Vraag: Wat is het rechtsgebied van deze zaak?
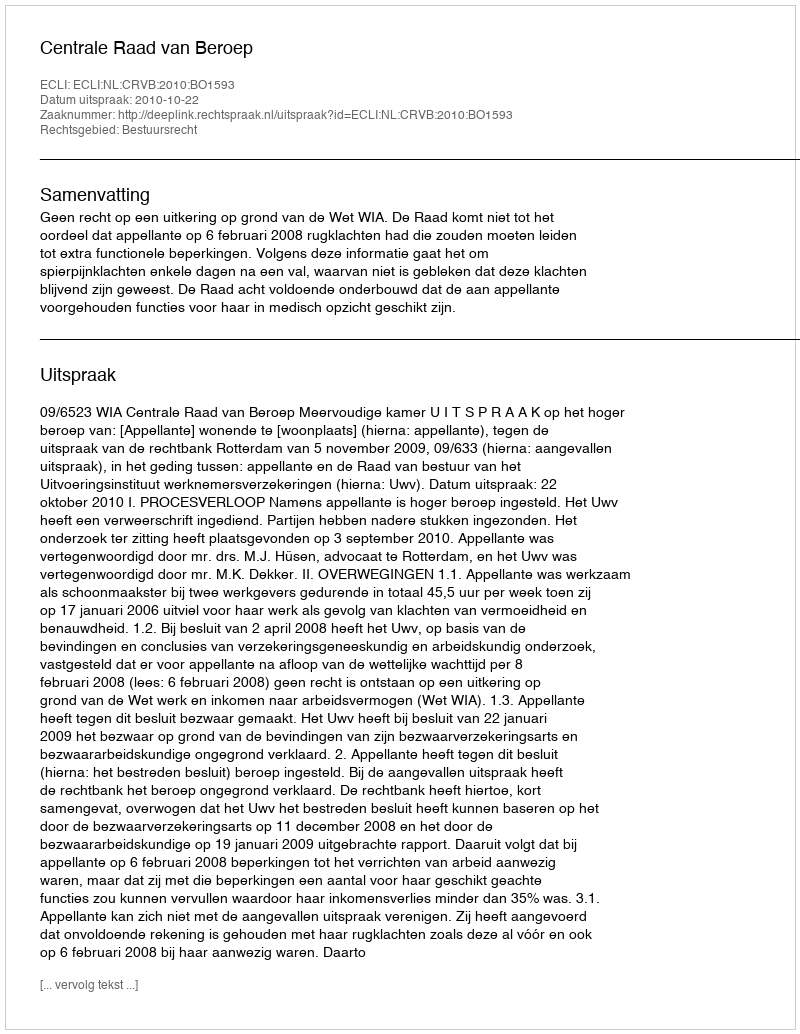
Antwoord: Bestuursrecht